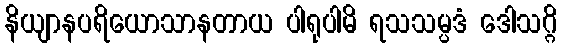
နိယျာနပရိယောသာနတာယ ပါရုပါမိ ရသသမ္ပဒံ ဒေါသဂ္ဂိ